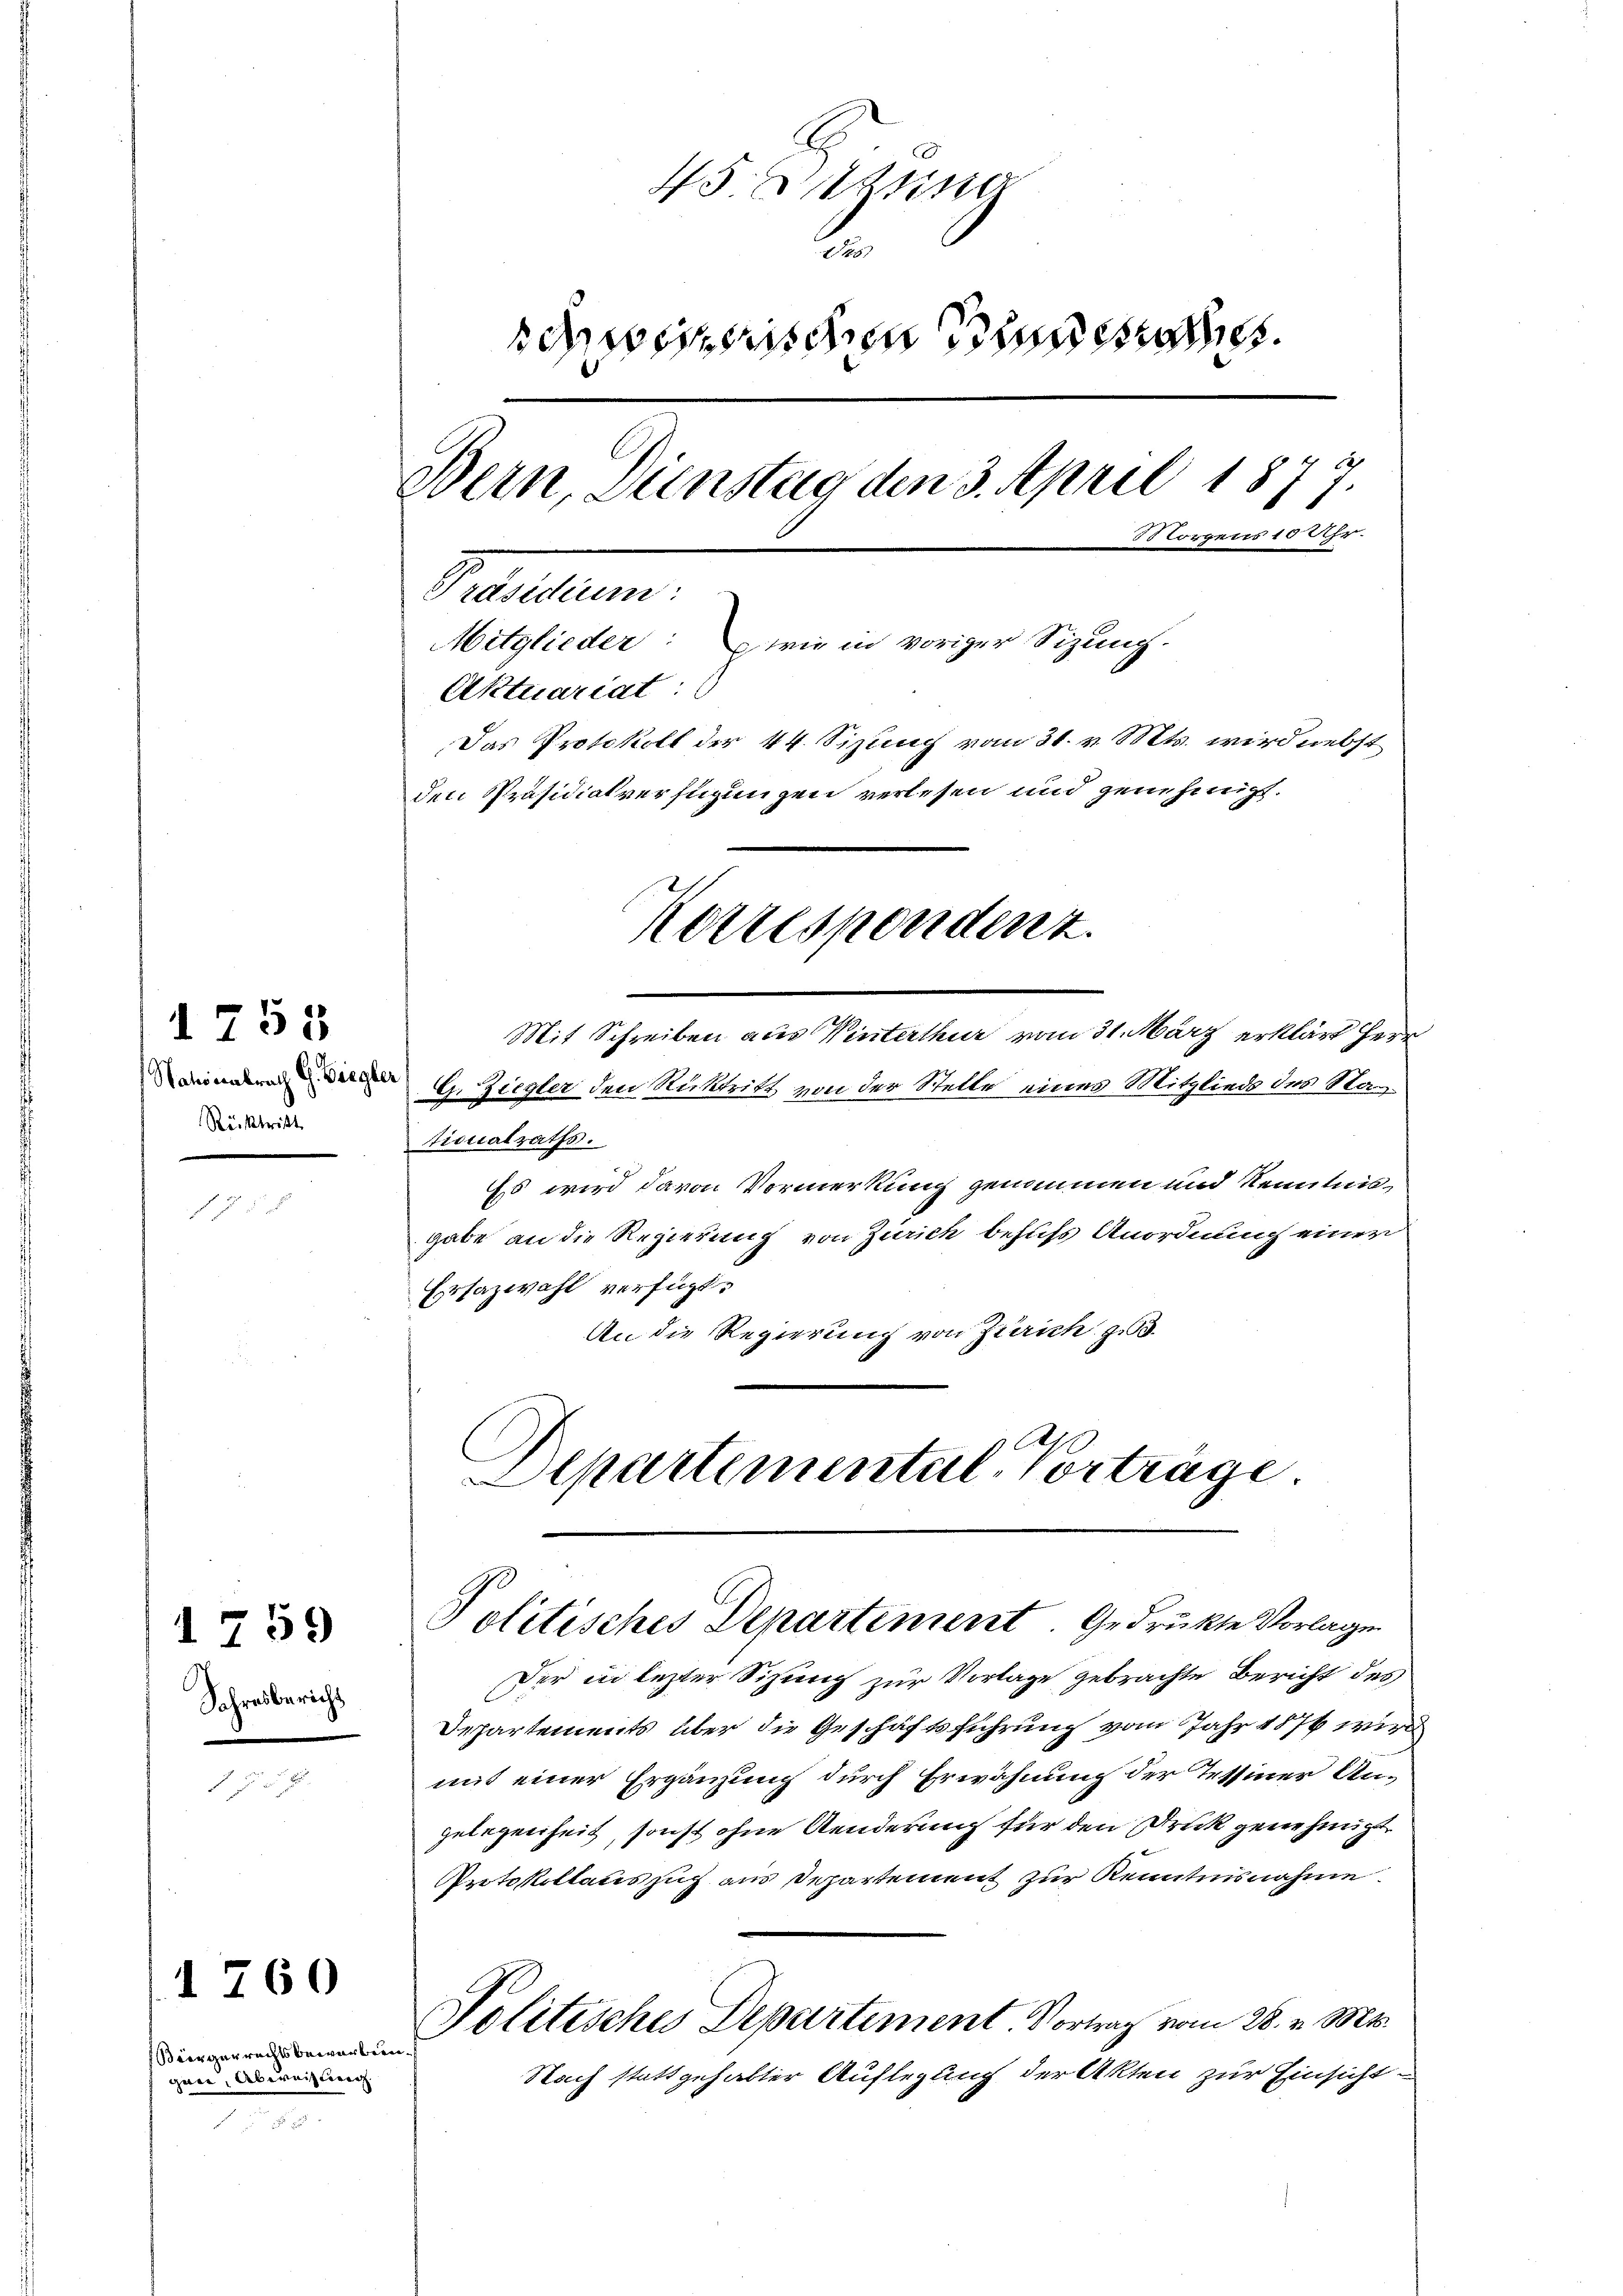
Rücktritt

1755

Jahresbericht

1 759

1260

Biergerrechtsbewerben
gere, Übereitung
n

45 zune
2
obemerischen Bundesrathes
Bern, Dienstag den 3. April 1877.
1 Lorgens 10 Uhr.
Preistumm.
Mitglieder: wie in voriger Sizung.
Aktuariat:
Das Protokoll der 44. Sizung vom 31. v. Mts. wird nebst
den Präsidialverfügungen verlesen und genehmigt.
Korrespondent.

Mit Schreiben aus Winterthur vom 31. März erklärt Herr
 I. Ziegler den Ruktritt von der Stelle eines Mitgliede des Nantionalraths.
Es wird davon Vormerkung genommen und Kenntnis
gabe an die Regierung von Zürich behufs Anordnung einer
Ersazwahl verfügt:
An die Regierung von Zürich z
Departemental Vorträge.

Politisches Departement. Gedruckte Vorlagen

Der in lezter Sitzung zur Vorlage gebrachte Bericht des
Departements über die Geschäftsführung vom Jahr 1876 wird
mit einer Ergänzung durch Erwähnung der Tessiner Angelegenheit, sonst ohne Aenderung für den Druck genehmigt
Protokollauszug aus Departement zur Kenntnisnahme.
Politisches Departement. Vortrag vom 28. v. Mts.
ach
Nach stattgehabter Auflegung der Akten zur Einsicht